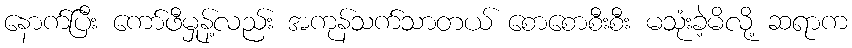
နောက်ပြီး ကော်ဖီမှုန့်လည်း အကုန်သက်သာတယ် စောစောစီးစီး မသုံးခဲ့မိလို့ ဆရာက